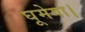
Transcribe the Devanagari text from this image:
घूमेगा।